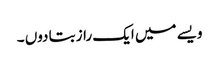
ویسے میں ایک راز بتا دوں ۔